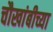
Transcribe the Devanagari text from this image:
चौखांबीच्या